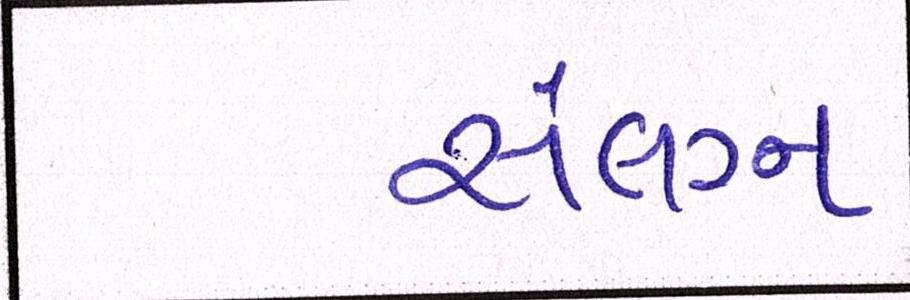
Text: સંલગ્ન